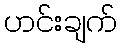
ဟင်းချက်